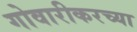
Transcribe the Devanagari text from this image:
गोवारीकरच्या